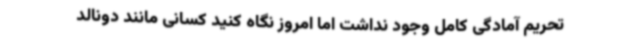
تحریم آمادگی کامل وجود نداشت اما امروز نگاه کنید کسانی مانند دونالد